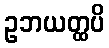
ဥဘယတ္ထပိ